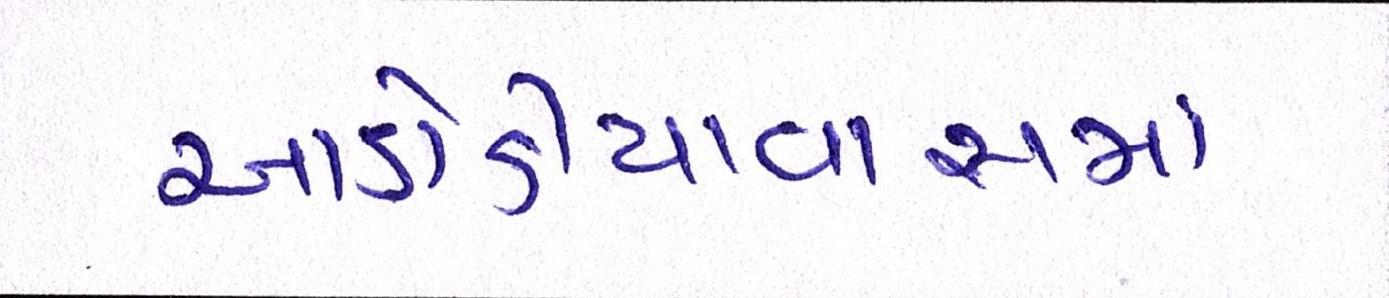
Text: આડોડીયાવાસમાં